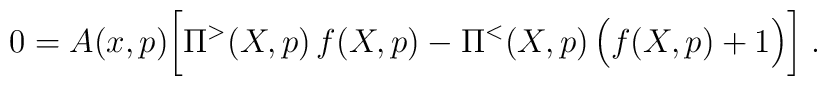
0 = A(x,p)\bigg[ \Pi^>(X,p) \, f(X,p) - \Pi^< (X,p) \, \Big( f(X,p)+1\Big) \bigg] \;.